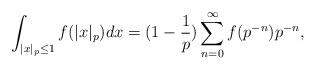
LaTeX: \begin{align*}\int_{|x|_p\le 1} f(|x|_p)dx=(1-\frac 1 p)\sum_{n=0}^\infty f(p^{-n})p^{-n},\end{align*}